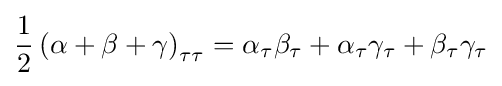
{\frac {1}{2}}\left(\alpha +\beta +\gamma \right)_{\tau \tau }=\alpha _{\tau }\beta _{\tau }+\alpha _{\tau }\gamma _{\tau }+\beta _{\tau }\gamma _{\tau }